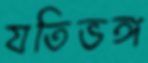
যতিভঙ্গ